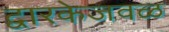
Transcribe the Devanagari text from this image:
द्वारकेजवळ